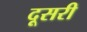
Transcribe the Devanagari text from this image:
दूसरी